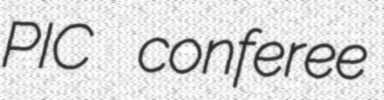
PIC conferee